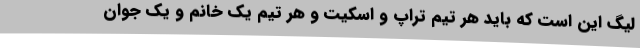
لیگ این است که باید هر تیم تراپ و اسکیت و هر تیم یک خانم و یک جوان